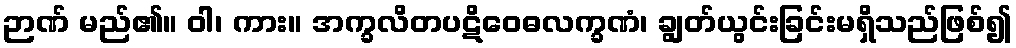
ဉာဏ် မည်၏။ ဝါ၊ ကား။ အက္ခလိတပဋိဝေဓလက္ခဏံ၊ ချွတ်ယွင်းခြင်းမရှိသည်ဖြစ်၍